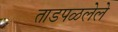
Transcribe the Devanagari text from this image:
ताडपळलेले